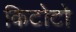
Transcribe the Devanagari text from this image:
किटोटो